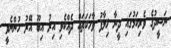
ނަޝީދުގެ ވެރިކަމުގައި ދީނާ ޚިލާފު ވާހަކަތައް ދެއްކެވި އިރު އިބޫ އޭރު ހުންނެވީ